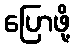
ပြောဖို့